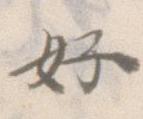
好